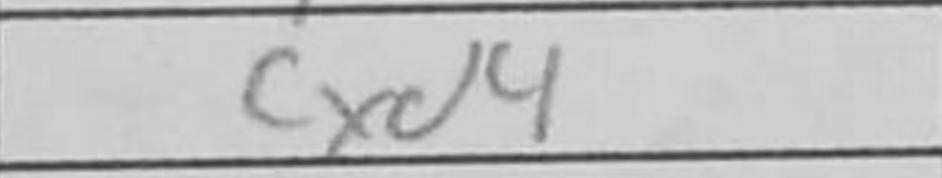
Transcription: cxd4